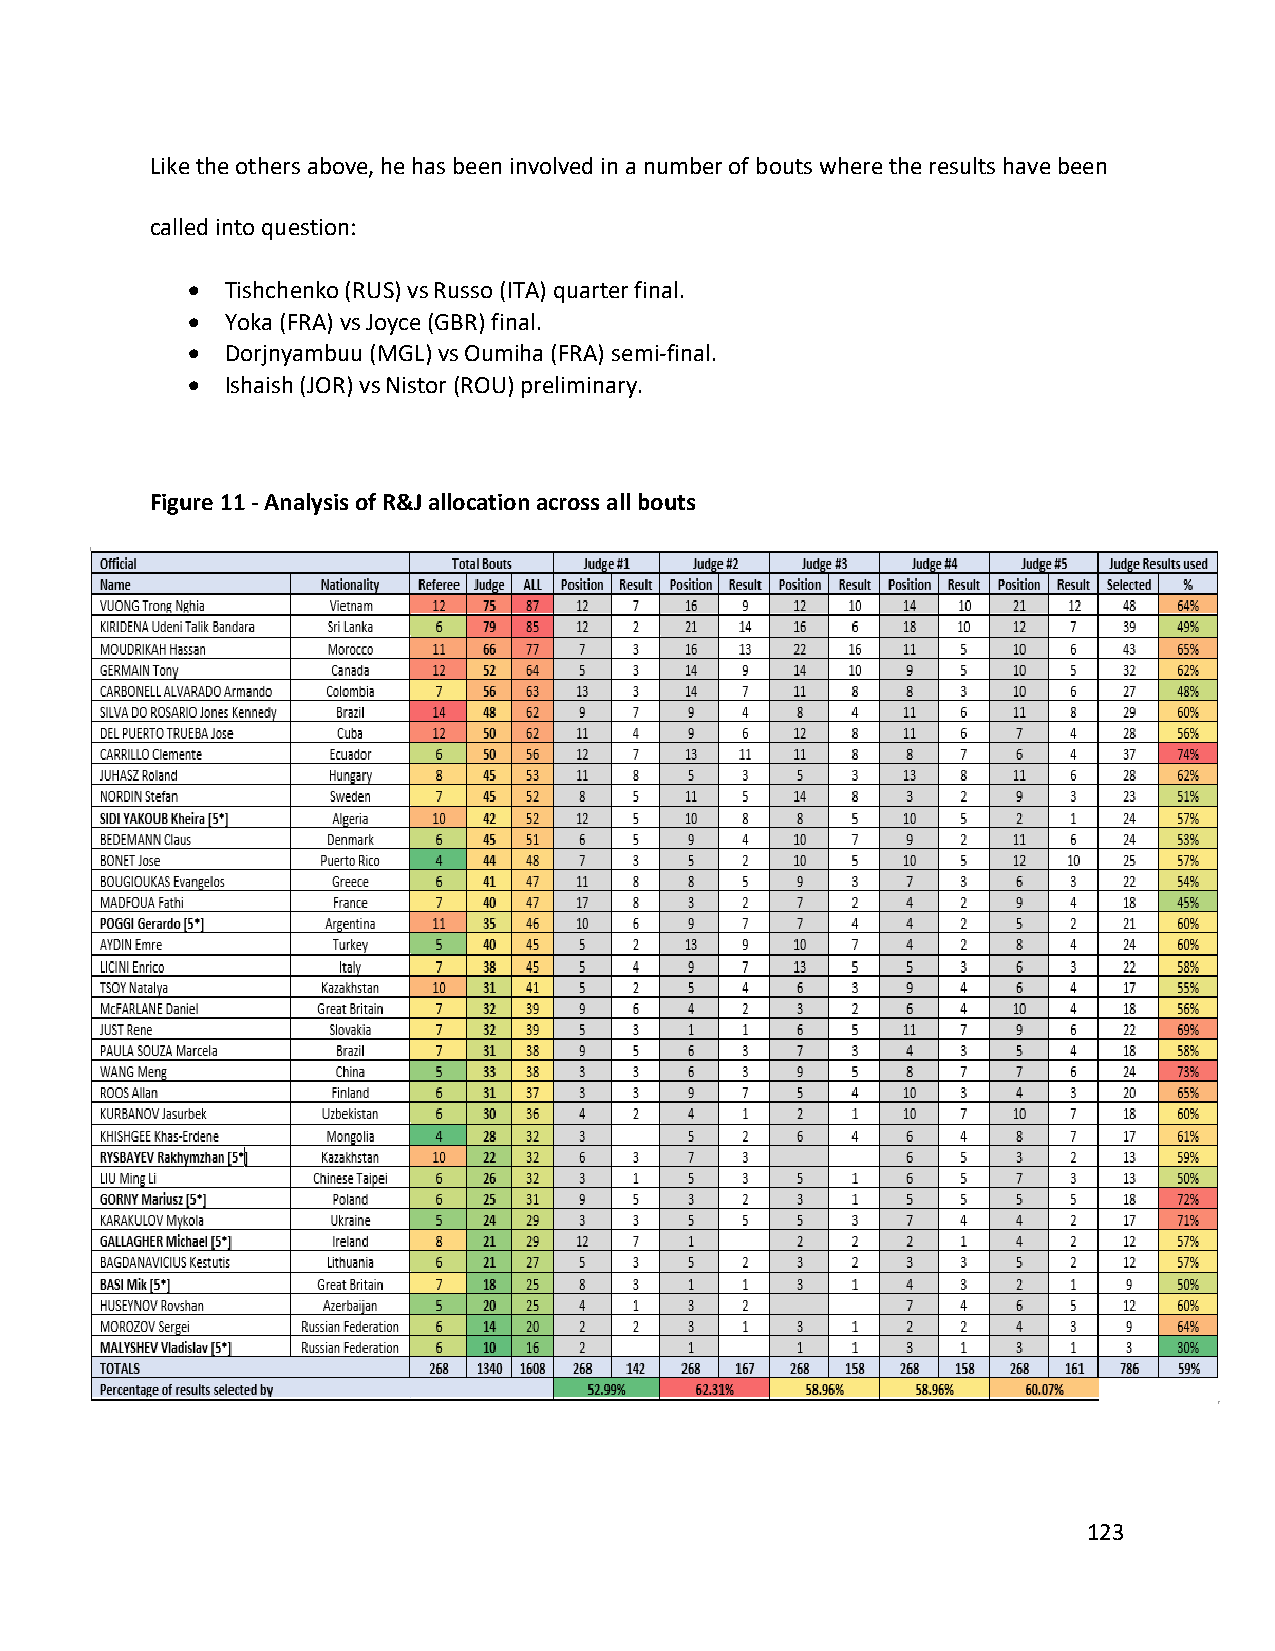
Like the others above, he has been involved in a number of bouts where the results have been
 called into question:
 •  Tishchenko (RUS) vs Russo (ITA) quarter final.
 •  Yoka (FRA) vs Joyce (GBR) final.
 •  Dorjnyambuu (MGL) vs Oumiha (FRA) semi-final.
 •  Ishaish (JOR) vs Nistor (ROU) preliminary.
 Figure 11 - Analysis of R&J allocation across all bouts
 123